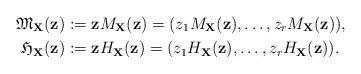
LaTeX: \begin{align*}\mathfrak{M}_{\mathbf{X}}(\mathbf{z})&:= \mathbf{z}M_{\mathbf{X}}(\mathbf{z})=(z_1M_{\mathbf{X}}(\mathbf{z}),\ldots,z_r M_{\mathbf{X}}(\mathbf{z})),\\ \mathfrak{H}_{\mathbf{X}}(\mathbf{z})&:= \mathbf{z}H_{\mathbf{X}}(\mathbf{z})=(z_1H_{\mathbf{X}}(\mathbf{z}),\ldots,z_r H_{\mathbf{X}}(\mathbf{z})). \end{align*}